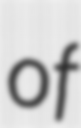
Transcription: of